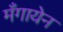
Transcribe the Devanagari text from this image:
मँगायेन